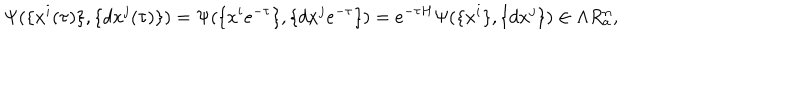
\Psi ( \{ x ^ { i } ( \tau ) \} , \{ d x ^ { j } ( \tau ) \} ) = \Psi ( \{ x ^ { i } e ^ { - \tau } \} , \{ d x ^ { j } e ^ { - \tau } \} ) = e ^ { - \tau H } \Psi ( \{ x ^ { i } \} , \{ d x ^ { j } \} ) \in \Lambda R _ { \mathrm { a } } ^ { n } ,